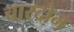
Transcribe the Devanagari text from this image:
चारदोन